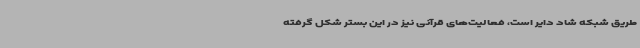
طریق شبکه شاد دایر است، فعالیت‌های قرآنی نیز در این بستر شکل گرفته